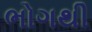
ભોગથી